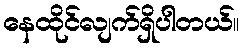
နေထိုင်လျက်ရှိပါတယ်။